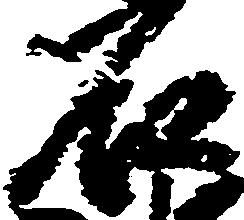
石